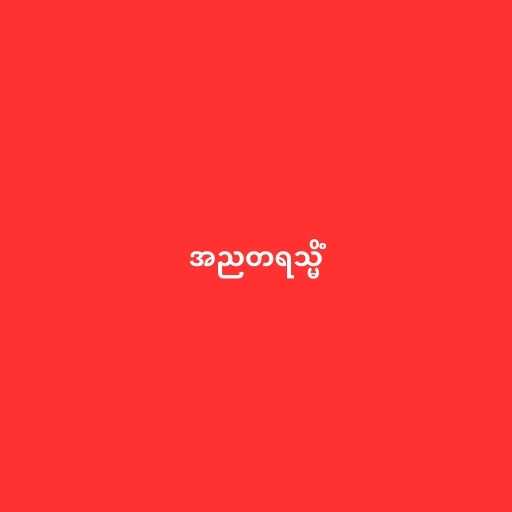
အညတရသ္မိံ